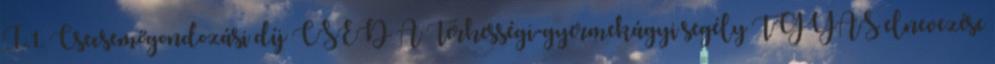
I.1. Csecsemőgondozási díj CSED A Terhességi-gyermekágyi segély TGYÁS elnevezése